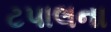
ટપાલના